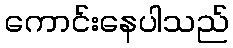
ကောင်းနေပါသည်